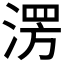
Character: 𣸤